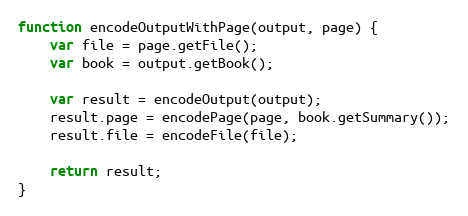
Language: JavaScript
function encodeOutputWithPage(output, page) {
    var file = page.getFile();
    var book = output.getBook();

    var result = encodeOutput(output);
    result.page = encodePage(page, book.getSummary());
    result.file = encodeFile(file);

    return result;
}